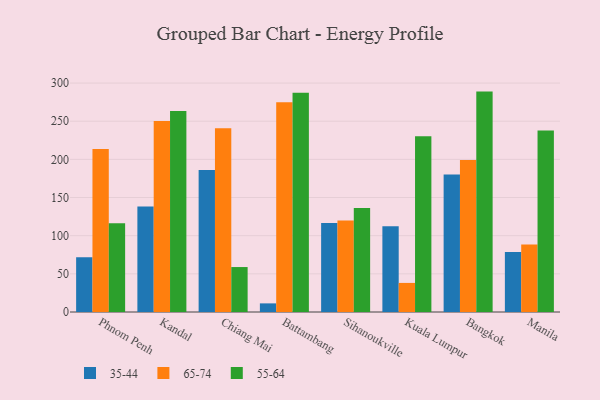
{"axis": {"x": "City", "y": "Page Views"}, "legend": ["35-44", "55-64", "65-74"], "data": [{"x": "Phnom Penh", "y": 71.7, "type": "35-44"}, {"x": "Phnom Penh", "y": 213.5, "type": "65-74"}, {"x": "Phnom Penh", "y": 116.3, "type": "55-64"}, {"x": "Kandal", "y": 138.1, "type": "35-44"}, {"x": "Kandal", "y": 250.4, "type": "65-74"}, {"x": "Kandal", "y": 263.3, "type": "55-64"}, {"x": "Chiang Mai", "y": 186.2, "type": "35-44"}, {"x": "Chiang Mai", "y": 240.9, "type": "65-74"}, {"x": "Chiang Mai", "y": 58.9, "type": "55-64"}, {"x": "Battambang", "y": 11.3, "type": "35-44"}, {"x": "Battambang", "y": 274.9, "type": "65-74"}, {"x": "Battambang", "y": 287.2, "type": "55-64"}, {"x": "Sihanoukville", "y": 116.5, "type": "35-44"}, {"x": "Sihanoukville", "y": 119.9, "type": "65-74"}, {"x": "Sihanoukville", "y": 136.2, "type": "55-64"}, {"x": "Kuala Lumpur", "y": 112.5, "type": "35-44"}, {"x": "Kuala Lumpur", "y": 38.1, "type": "65-74"}, {"x": "Kuala Lumpur", "y": 230.2, "type": "55-64"}, {"x": "Bangkok", "y": 180.2, "type": "35-44"}, {"x": "Bangkok", "y": 199.1, "type": "65-74"}, {"x": "Bangkok", "y": 288.8, "type": "55-64"}, {"x": "Manila", "y": 78.5, "type": "35-44"}, {"x": "Manila", "y": 88.5, "type": "65-74"}, {"x": "Manila", "y": 237.8, "type": "55-64"}]}